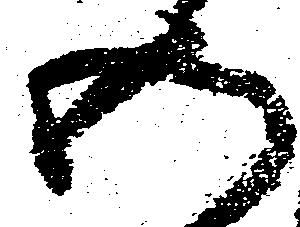
五